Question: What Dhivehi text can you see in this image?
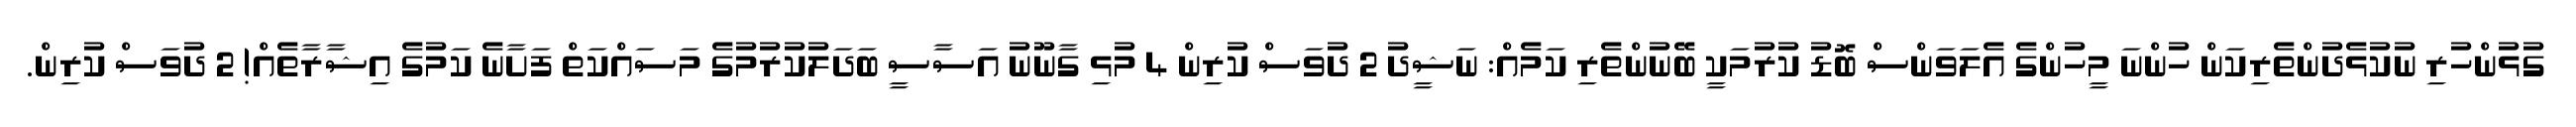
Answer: ގުޅުންހުރި ނުކުޅެދުންތެރިކަން ހުންނަ މީހުންގެ އެލަވަންސް ބޮޑު ކުރުމަކީ ބޭނުންތެރި ކަމެއް: ނަޝީދު 2 ދުވަސް ކުރިން 4 މުޅި ގާނޫނު އަސާސީ ބަދަލުކުރުމުގެ މަސައްކަތް ފަށާނެ ކަމުގެ އިޝާރާތެއް! 2 ދުވަސް ކުރިން.